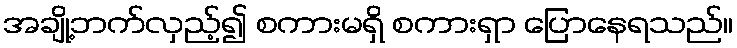
အချို့ဘက်လှည့်၍ စကားမရှိ စကားရှာ ပြောနေရသည်။